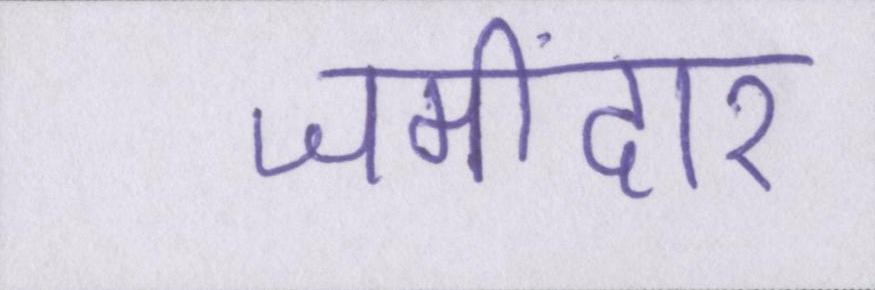
जमींदार